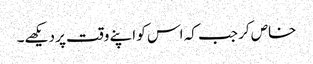
خاص کر جب کہ اس کو اپنے وقت پر دیکھے۔